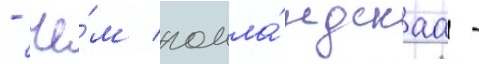
- че́м голла́ндскаа -